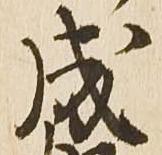
成